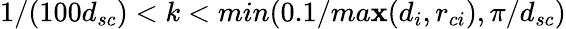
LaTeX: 1/(100d_{sc})<k<min(0.1/ma\mathbf{x}(d_{i},r_{ci}),\pi/d_{sc})